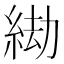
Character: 𦀖